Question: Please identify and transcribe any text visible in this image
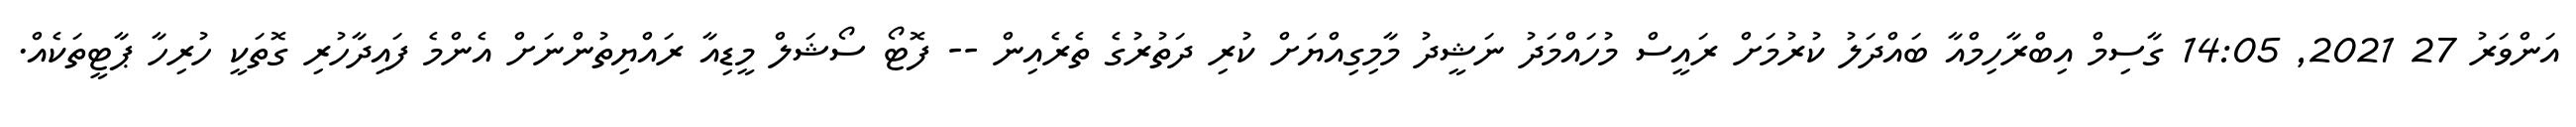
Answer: އަންވަރު 27 2021, 14:05 ގާސިމް އިބްރާހިމްއާ ބައްދަލު ކުރުމަށް ރައީސް މުހައްމަދު ނަޝީދު މާމިގިއްޔަށް ކުރި ދަތުރުގެ ތެރެއިން -- ފޮޓޯ ސޯޝަލް މީޑިއާ ރައްޔިތުންނަށް އެންމެ ފައިދާހުރި ގޮތަކީ ހުރިހާ ޕާޓީތަކެއް.